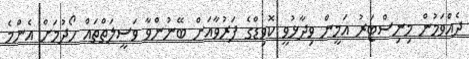
ދެއްވަމުން މިނިސްޓަރު އަމީން ވިދާޅުވީ ކޮވިޑްގެ ފަރުވާއަށް ބޭނުންވާ ވަސީލަތްތައް ހޯދުމަށް އެންމެ